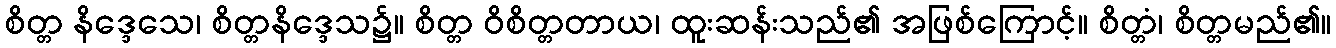
စိတ္တ နိဒ္ဒေသေ၊ စိတ္တနိဒ္ဒေသ၌။ စိတ္တ ဝိစိတ္တတာယ၊ ထူးဆန်းသည်၏ အဖြစ်ကြောင့်။ စိတ္တံ၊ စိတ္တမည်၏။